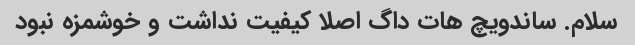
سلام. ساندویچ هات داگ اصلا کیفیت نداشت و خوشمزه نبود